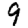
Digit: 9